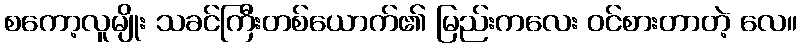
စကော့လူမျိုး သခင်ကြီးတစ်ယောက်၏ မြည်းကလေး ဝင်စားတာတဲ့ လေ။